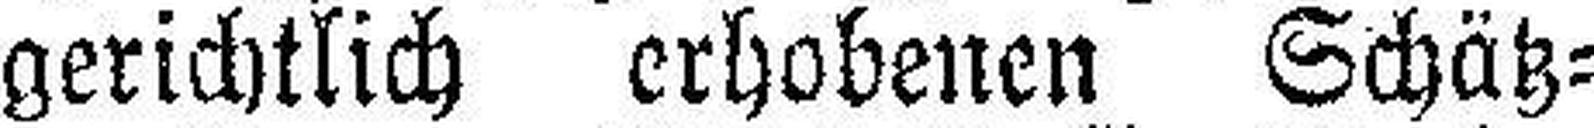
gerichtlich erhobenen Schätz¬